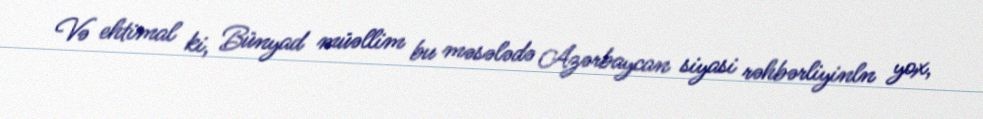
Və ehtimal ki, Bünyad müəllim bu məsələdə Azərbaycan siyasi rəhbərliyinln yox,